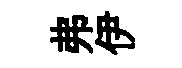
弗伊